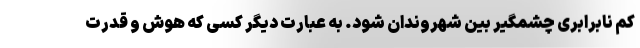
کم نابرابری چشمگیر بین شهروندان شود. به عبارت دیگر کسی که هوش و قدرت